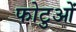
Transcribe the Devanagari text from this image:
फोटुओं